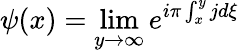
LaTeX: \psi(x)=\operatorname*{lim}_{y\rightarrow\infty}e^{i\pi\int_{x}^{y}jd\xi}